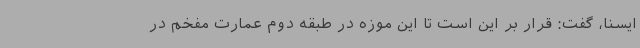
ایسنا، گفت: قرار بر این است تا این موزه در طبقه دوم عمارت مفخم در